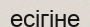
есігіне